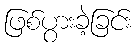
ဖြစ်ပွားခဲ့ခြင်း